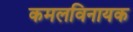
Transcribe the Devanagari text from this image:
कमलविनायक